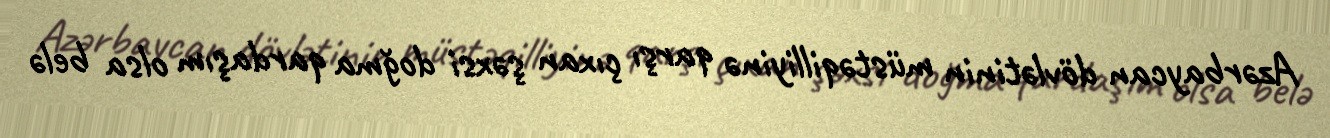
Azərbaycan dövlətinin müstəqilliyinə qarşı çıxan şəxsi doğma qardaşım olsa belə